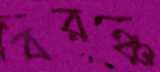
বরঞ্চ